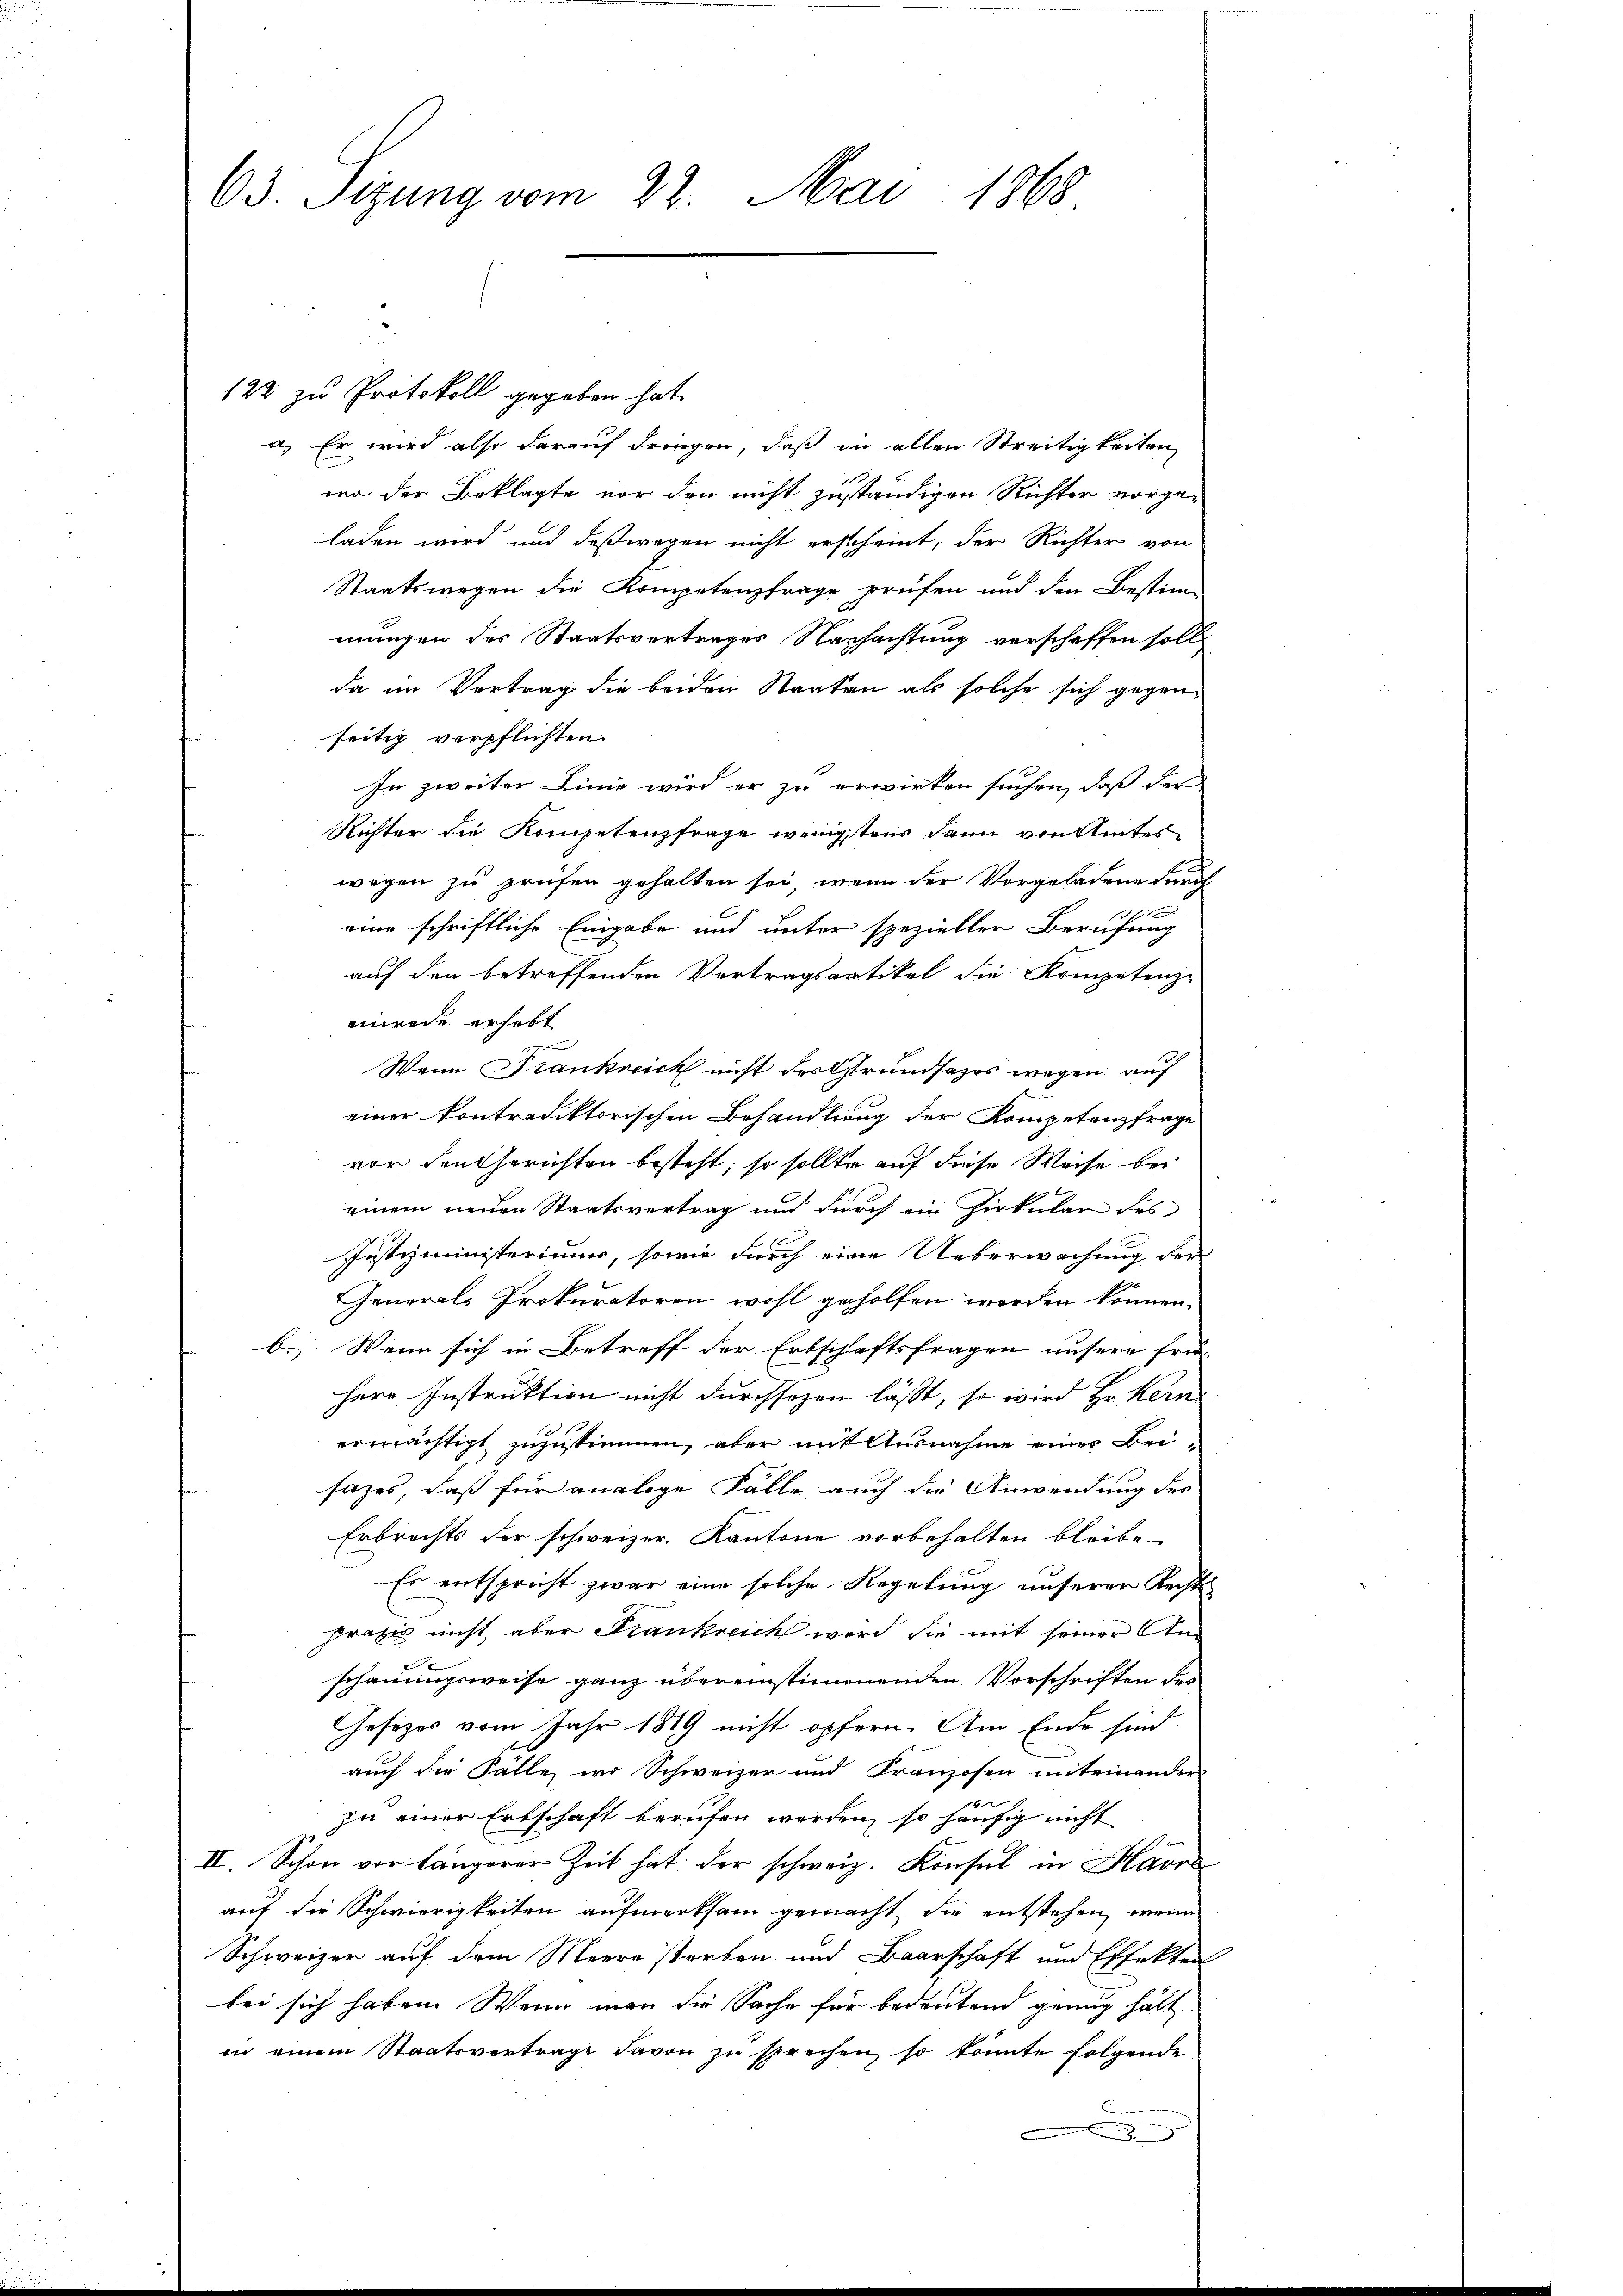
63. Sizung vom 22. Mai 1868

122 zu Protokoll gegeben hat.
a. Er wird also darauf dringen, daß in allen Streitigkeiten
ver der Beklagte vor den nicht zuständigen Richter vorgeladen wird und deßwegen nicht erscheint, der Richter von
Staatswegen die Kompetenzfrage prüfen und den Bestim-
mungen des Staatsvertrages Nachachtung verschaffen soll
da im Vertrag die beiden Staaten als solche sich gegen
seitig verpflichten.
In zweiter Linie wird er zu erwirken suchen, daß der
Richter die Kompetenzfrage wenigstens dann von Winterwegen zu prüfen gehalten sei, wenn der Vorgeladene durch
eine schriftliche Eingabe und unter spezieller Berufung
auf den betreffenden Vertragsartikel die Kompetenz-
einrede erhebt
Wenn Frankreich nicht des Grundsazes wegen auf
einer kontradiktorischen Behandlung der Kompetenzfrage
vor den Gerichten besteht; so sollte auf diese Weise bei
einem neuen Staatsvertrag und durch ein Zirkular des
Justizministeriums, sowie durch eine Ueberwachung der
General-Prokuratoren wohl geholfen werden können.
b. Wenn sich in Betreff der Erbschäftsfragen unsere frei-
here Instruktion nicht durchsozen lässt, so wird Hr. Kern
ermächtigt zuzustimmen, aber mit Ausnahme einer Beisazes, daß für analoge Fälle auch die Anwendung der
Erbrechts der schweizer. Kantone vorbehalten bleibe.
Es entspricht zwar eine solche Regelung unserer Rechtspraxis nicht aber Frankreich wird, sie mit seiner Anschauungsweise ganz übereinstimmenden Vorschriften des
Gesezes vom Jahr 1819 nicht opfern. Am Ende sind
auch die Fälle, wo Schweizer und Franzosen miteinander
zu einer Erbschaft berufen werden, so häufig nicht
IV. Schon vor längerer Zeit hat der schweiz. Konsul in Havre
auf die Schwierigkeiten aufmerksam gemacht, die entstehen, wenn
Schweizer auf dem Meere storben und Baarschaft und Effekten
bei sich haben. Wenn man die Sache für bedeutend genug hätt
in einem Staatsvertrage davon zu sprechen, so konnte folgende
F